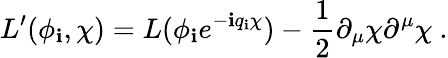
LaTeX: L^{\prime}(\phi_{\mathbf{i}},\chi)=L(\phi_{\mathbf{i}}e^{-\mathbf{i}q_{\mathbf{i}}\chi})-\frac{{1}}{{2}}\partial_{\mu}\chi\partial^{\mu}\chi\ .